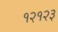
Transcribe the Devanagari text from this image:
१२१२३